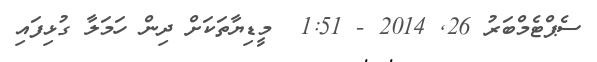
ސެޕްޓެމްބަރު 26